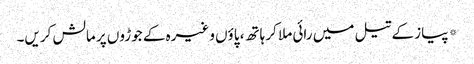
*پیاز کے تیل میں رائی ملا کر ہاتھ، پاؤں وغیرہ کے جوڑوں پر مالش کریں۔